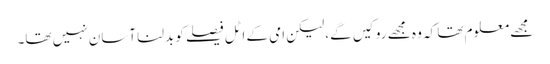
مجھے معلوم تھا کہ وہ مجھے روکیں گے، لیکن امی کے اٹل فیصلے کو بدلنا آسان نہیں تھا۔